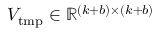
V _ { \mathrm { t m p } } \in \mathbb { R } ^ { ( k + b ) \times ( k + b ) }